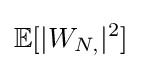
\mathbb {E} [|W_{N,}|^{2}]